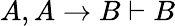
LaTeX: A,A\to B\vdash B